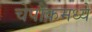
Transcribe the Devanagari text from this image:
चेपौकमध्ये